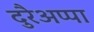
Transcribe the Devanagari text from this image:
दुरैअप्पा